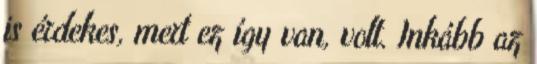
is érdekes, mert ez így van, volt. Inkább az